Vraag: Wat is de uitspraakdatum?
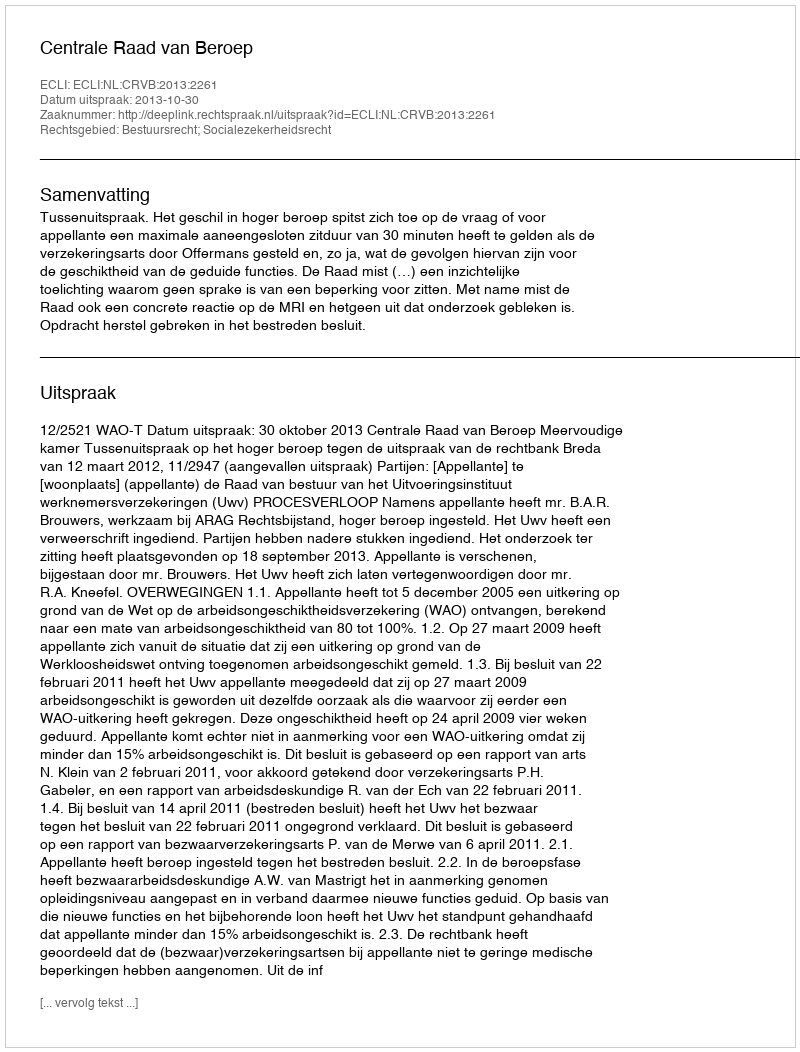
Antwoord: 2013-10-30